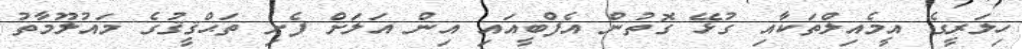
ހިލަރީގެ އީމެއިލްތަކާއި ގުޅޭ ގޮތުން އެފްބީއައި އިން އަލަށް ފެށި ތަޙްޤީޤުގެ މައުލޫމާތު